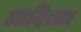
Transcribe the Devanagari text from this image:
आदिराज